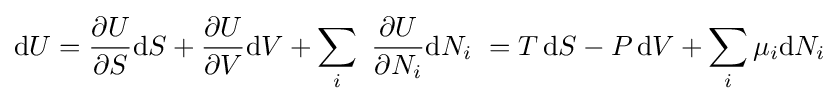
\mathrm {d} U={\frac {\partial U}{\partial S}}\mathrm {d} S+{\frac {\partial U}{\partial V}}\mathrm {d} V+\sum _{i}\ {\frac {\partial U}{\partial N_{i}}}\mathrm {d} N_{i}\ =T\,\mathrm {d} S-P\,\mathrm {d} V+\sum _{i}\mu _{i}\mathrm {d} N_{i}